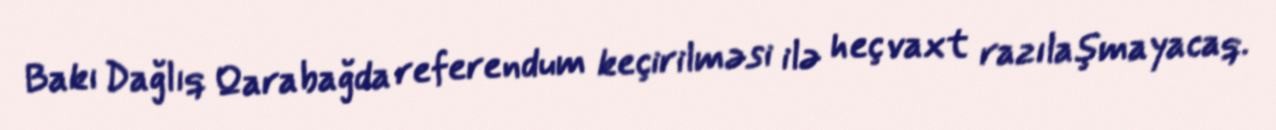
Bakı Dağlıq Qarabağda referendum keçirilməsi ilə heç vaxt razılaşmayacaq.